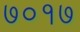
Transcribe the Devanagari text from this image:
७०१७